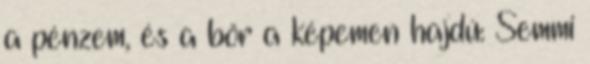
a pénzem, és a bőr a képemen hajdú: Semmi